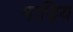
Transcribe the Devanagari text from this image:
माड़िय